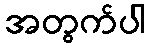
အတွက်ပါ